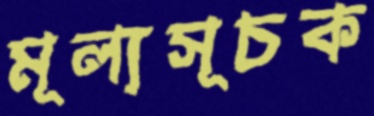
মূল্যসূচক